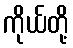
ကိုယ်တို့